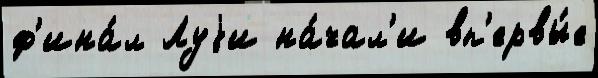
ф'ина́л Луjи на́чал'и вп'ервы́е